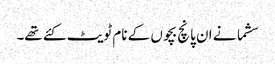
سشما نے ان پانچ بچوں کے نام ٹویٹ کئے تھے۔